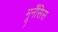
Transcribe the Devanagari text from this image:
मूर्नेंसिस